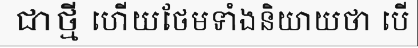
ជាថ្មី ហើយថែមទាំងនិយាយថា បើ